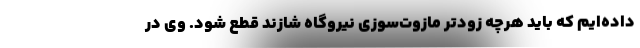
داده‌ایم که باید هرچه زودتر مازوت‌سوزی نیروگاه شازند قطع شود. وی در